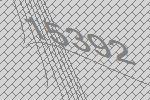
15392